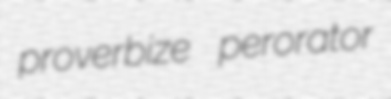
proverbize perorator